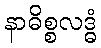
နာဓိစ္စလဒ္ဓံ